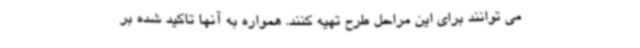
می توانند برای این مراحل طرح تهیه کنند. همواره به آنها تاکید شده بر